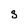
Character: s